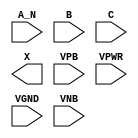
module sky130_fd_sc_lp__and3b (
    //# {{data|Data Signals}}
    input  A_N ,
    input  B   ,
    input  C   ,
    output X   ,

    //# {{power|Power}}
    input  VPB ,
    input  VPWR,
    input  VGND,
    input  VNB
);
endmodule